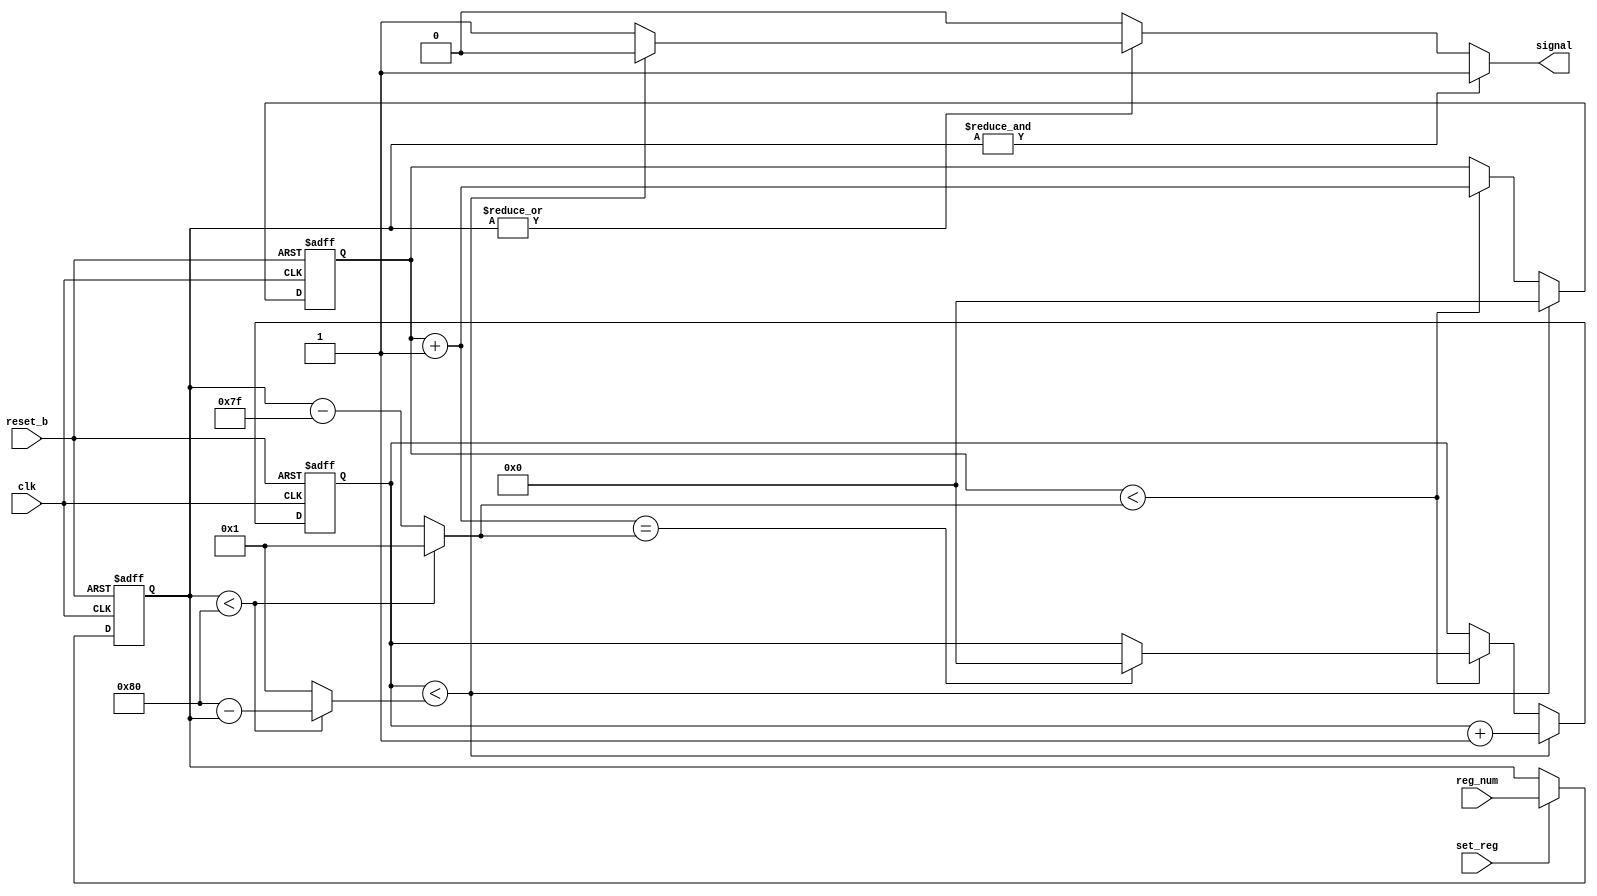
module timer_cont (
		  clk,			// System clock
		  reset_b,		// system reset
		  set_reg,		// signal to set regulator value
		  reg_num,		// value to set regulator to
		  
		  signal);	// timer signal that goes to processor

input clk;
input reset_b;
input set_reg;
input [7:0] reg_num;

output signal;
reg signal;

// Internal signals and regs

reg [7:0] regulator;

reg [7:0] timer_int;
reg [7:0] timer_dur;

reg [7:0] dur_count;
reg [7:0] int_count;

always @(posedge clk or negedge reset_b)
  begin
    if (!reset_b)
      regulator <= 'b 0;
    else
      if (set_reg)
        regulator <= reg_num;
  end

always @(regulator)
  begin
    if (regulator < 8'd 128)
      begin
        timer_int = 8'd 128 - regulator;
        timer_dur = 8'd 1;
      end
    else
      begin
        timer_int = 8'b 1;
        timer_dur = regulator - 8'd 127;
      end
  end

always @(posedge clk or negedge reset_b)
  begin
    if (!reset_b)
      begin
        dur_count <= 'b 0;
        int_count <= 'b 0;
      end
    else
      begin
        if (int_count < timer_int)
          begin
            int_count <= int_count + 1'b 1;
            dur_count <= 'b 0;
          end
        else
          if (dur_count < timer_dur)
            begin
              dur_count <= dur_count + 1'b 1;
              if ((dur_count + 1'b 1) == timer_dur)
                int_count <= 'b 0;
            end
      end
  end

always @(int_count or timer_int or regulator)
  begin
    if (&regulator)
      signal = 1'b 1;
    else
      if (!(|regulator))
        signal = 1'b 0;
      else
        if (int_count < timer_int)
          signal = 1'b 0;
        else
          signal = 1'b 1;
  end

endmodule